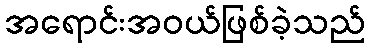
အရောင်းအဝယ်ဖြစ်ခဲ့သည်